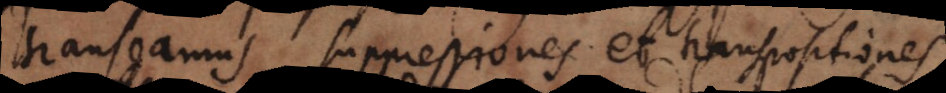
transeamus, suppressiones et transpositiones